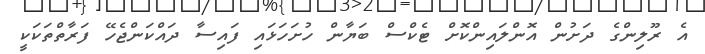
އެ ރޫލިންގެ ދަށުން އޮންލައިންކޮށް ޓެކްސް ބަޔާން ހުށަހަޅައި ފައިސާ ދައްކަންޖެހޭ ފަރާތްތަކަކީ